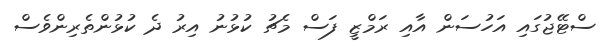
ސްޓޭޖުގައި އަހުސަން އާއި ރަމްޒީ ފަސް މެޗު ކުޅުނު އިރު ދެ ކުޅުންތެރިންވެސް